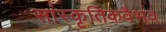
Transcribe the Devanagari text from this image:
सांस्कृतिकवैभव